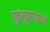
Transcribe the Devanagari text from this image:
कुसूमाग्रज